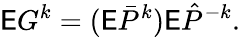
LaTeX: \mathsf EG^{k}=(\mathsf E\bar{P}^{k})\mathsf E\hat{P}^{-k}.